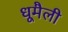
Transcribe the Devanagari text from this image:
धूमैली